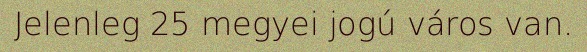
Jelenleg 25 megyei jogú város van.